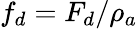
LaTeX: f_{d}=F_{d}/\rho_{a}